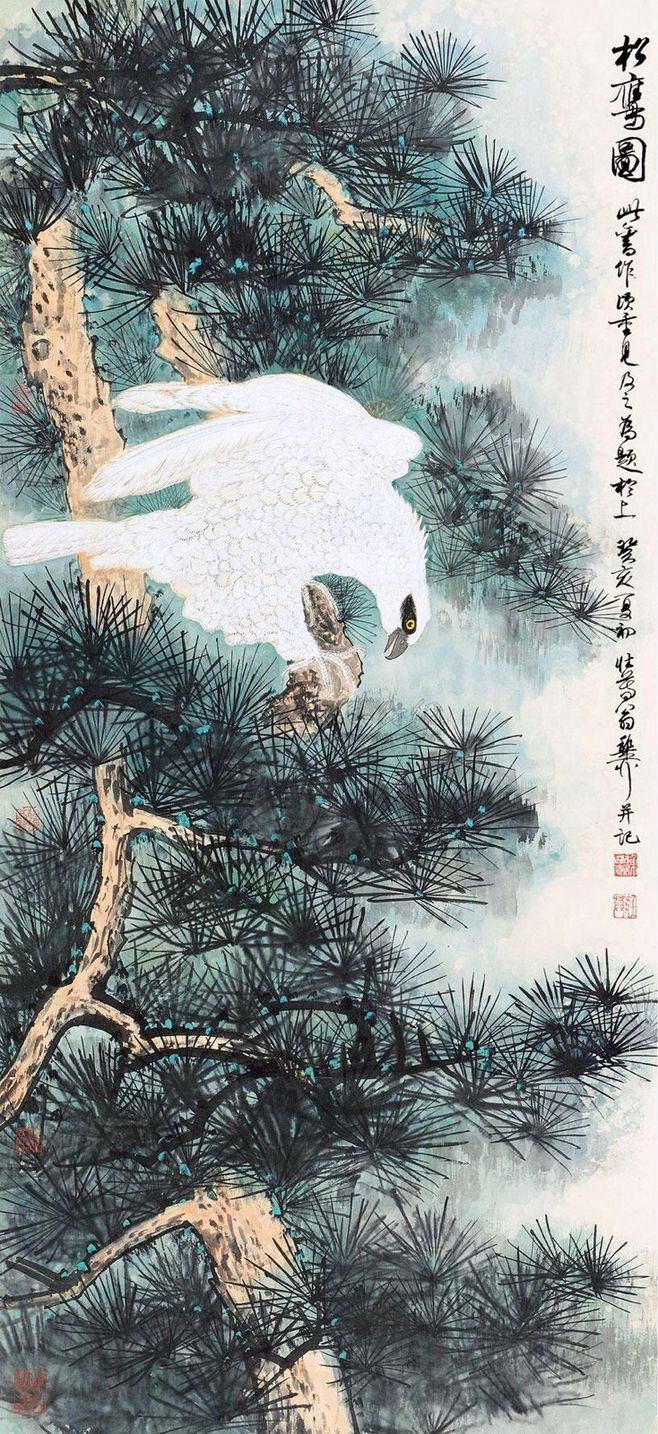
阴生古苔绿，色染秋烟碧。